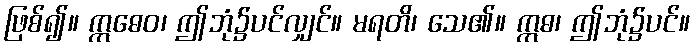
ဖြစ်၍။ ဣဓေဝ၊ ဤဘုံ၌ပင်လျှင်။ မရတိ၊ သေ၏။ ဣဓ၊ ဤဘုံ၌ပင်။